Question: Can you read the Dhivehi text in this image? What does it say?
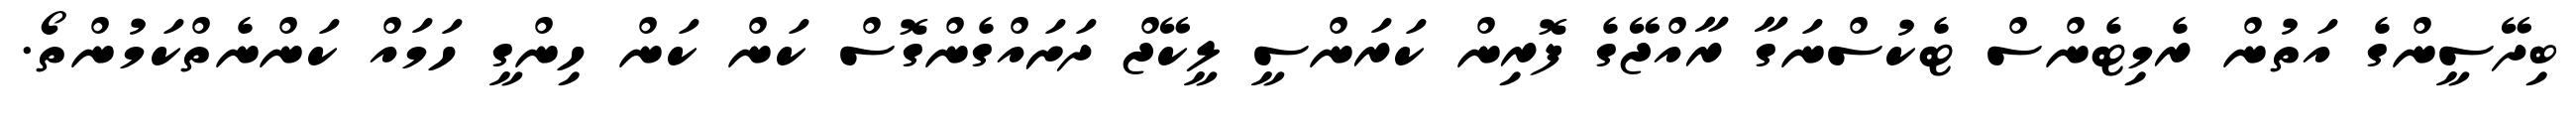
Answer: ބިދޭސީންގެ އަތުން ރެމިޓެންސް ޓެކުސްނަގާ ރާއްޖޭގެ ފޮރިން ކަރަންސީ ލީކޭޖް ދަށައްގެންގޮސް ކަން ކަން ހިންގީ ހަމައް ކަންނެތްކަމުންތޯ.